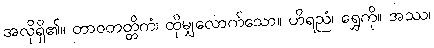
အလိုရှိ၏။ တာဝတတ္တိကံ၊ ထိုမျှလောက်သော။ ဟိရညံ၊ ရွှေကို။ အဿ၊